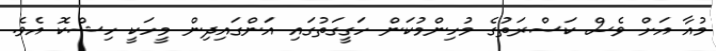
މުއާ އަށް ވެސް ކަސްރަތުުގެ މުހިންމުކަން ހަގީގަތުގައި އަންގައިދިން މީހަކީ ހިޝްކޮ އެވެ.